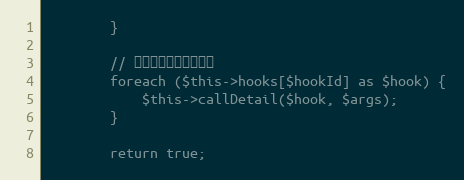
Language: PHP
        }

        // 执行钩子列表中的钩子
        foreach ($this->hooks[$hookId] as $hook) {
            $this->callDetail($hook, $args);
        }

        return true;